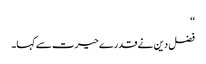
‘‘
فضل دین نے قدرے حیرت سے کہا۔